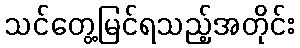
သင်တွေ့မြင်ရသည့်အတိုင်း